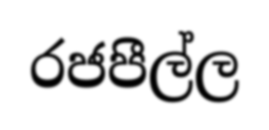
රජපීල්ල